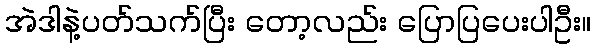
အဲဒါနဲ့ပတ်သက်ပြီး တော့လည်း ပြောပြပေးပါဦး။